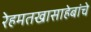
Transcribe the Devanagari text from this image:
रेहमतखासाहेबांचे